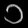
Digit: ၁